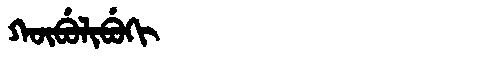
Manchu: ᡴᡡᠪᡠᠯᡳᠪᡠᡴᡳ
Romanization: KŪBULIBUKI